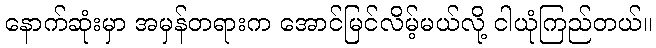
နောက်ဆုံးမှာ အမှန်တရားက အောင်မြင်လိမ့်မယ်လို့ ငါယုံကြည်တယ်။